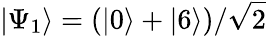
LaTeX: \left\lvert\Psi_{1}\right\rangle=(\left\lvert 0\right\rangle+\left\lvert 6\right\rangle)/\sqrt{2}